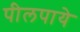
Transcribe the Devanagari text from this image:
पीलपाये